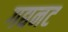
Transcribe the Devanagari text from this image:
गद्यनट